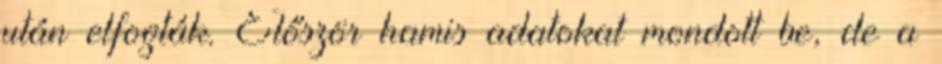
után elfogták. Először hamis adatokat mondott be, de a